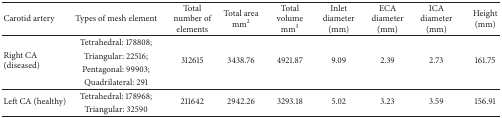
<table><thead><tr><td><b>Carotid artery</b></td><td><b>Types of mesh element</b></td><td><b>Total number of elements</b></td><td><b>Total area mm<sup>2</sup></b></td><td><b>Total volume mm<sup>3</sup></b></td><td><b>Inlet diameter (mm)</b></td><td><b>ECA diameter (mm)</b></td><td><b>ICA diameter (mm)</b></td><td><b>Height (mm)</b></td></tr></thead><tbody><tr><td rowspan="4">Right CA (diseased)</td><td>Tetrahedral: 178808;</td><td rowspan="4">312615</td><td rowspan="4">3438.76</td><td rowspan="4">4921.87</td><td rowspan="4">9.09</td><td rowspan="4">2.39</td><td rowspan="4">2.73</td><td rowspan="4">161.75</td></tr><tr><td>Triangular: 22516;</td></tr><tr><td>Pentagonal: 99903;</td></tr><tr><td>Quadrilateral: 291</td></tr><tr><td rowspan="2">Left CA (healthy)</td><td>Tetrahedral: 178968;</td><td rowspan="2">211642</td><td rowspan="2">2942.26</td><td rowspan="2">3293.18</td><td rowspan="2">5.02</td><td rowspan="2">3.23</td><td rowspan="2">3.59</td><td rowspan="2">156.91</td></tr><tr><td>Triangular: 32590</td></tr></tbody></table>